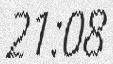
21:08